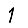
Digit: 1